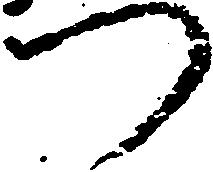
つ